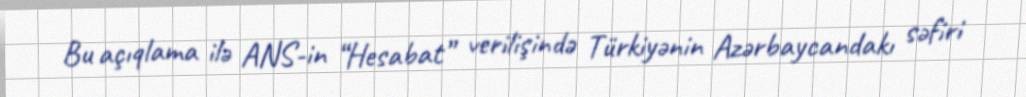
Bu açıqlama ilə ANS-in “Hesabat” verilişində Türkiyənin Azərbaycandakı səfiri